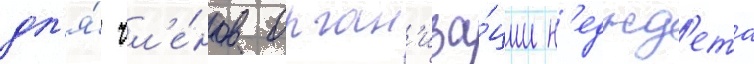
дл'я́ чл'е́нов орган'иза́ции н'еджд'ета